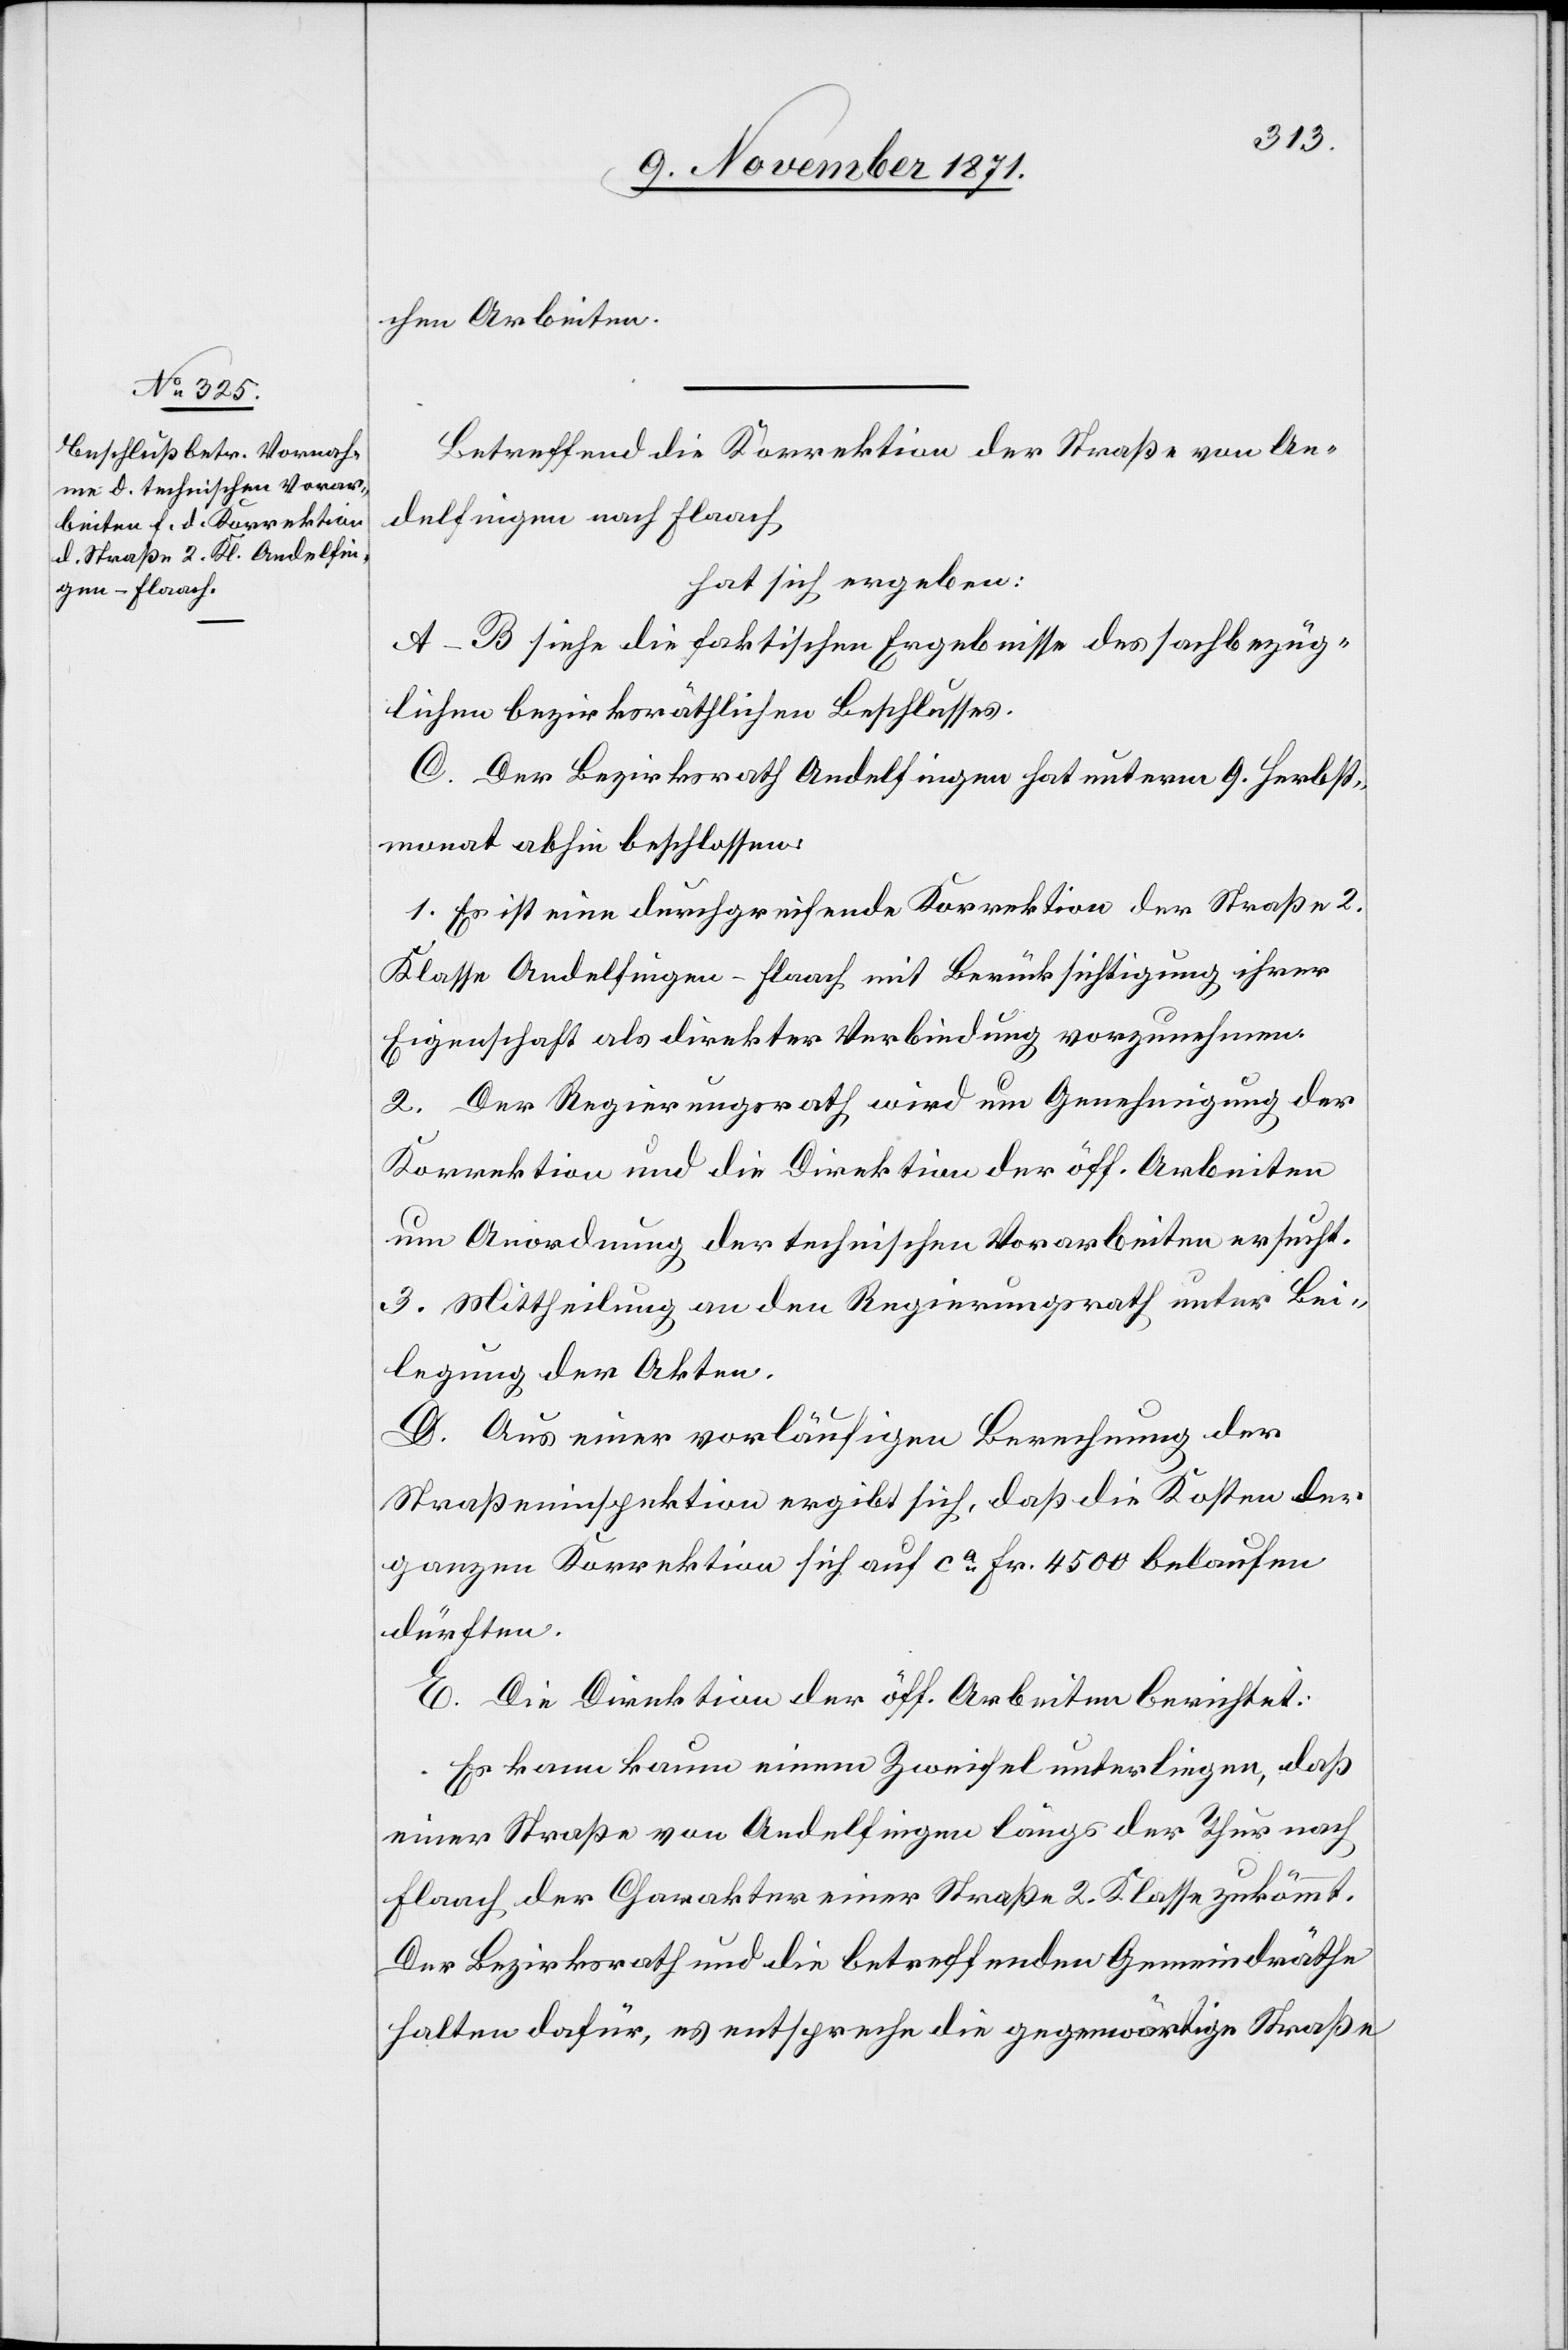
chen Arbeiten.
Betreffend die Korrektion der Straße von An¬
delfingen nach Flaach
hat sich ergeben:
A–B siehe die faktischen Ergebnisse des sachbezüg¬
lichen bezirksräthlichen Beschlusses.
C. Der Bezirksrath Andelfingen hat unterm 9. Herbst¬
monat abhin beschlossen:
1. Es ist eine durchgreifende Korrektion der Straße 2.
Klasse Andelfingen–Flaach mit Berücksichtigung ihrer
Eigenschaft als direkter Verbindung vorzunehmen.
2. Der Regierungsrath wird um Genehmigung der
Korrektion und die Direktion der öff. Arbeiten
um Anordnung der technischen Vorarbeiten ersucht.
3. Mittheilung an den Regierungsrath unter Bei¬
legung der Akten.
D. Aus einer vorläufigen Berechnung der
Straßeninspektion ergibt sich, daß die Kosten der
ganzen Korrektion sich auf ca Fr. 4500 belaufen
dürften.
E. Die Direktion der öff. Arbeiten berichtet:
Es kann kaum einem Zweifel unterliegen, daß
einer Straße von Andelfingen längs der Thur nach
Flaach der Charakter einer Straße 2. Klasse zukömmt.
Der Bezirksrath und die betreffenden Gemeindräthe
halten dafür, es entspreche die gegenwärtige Straße